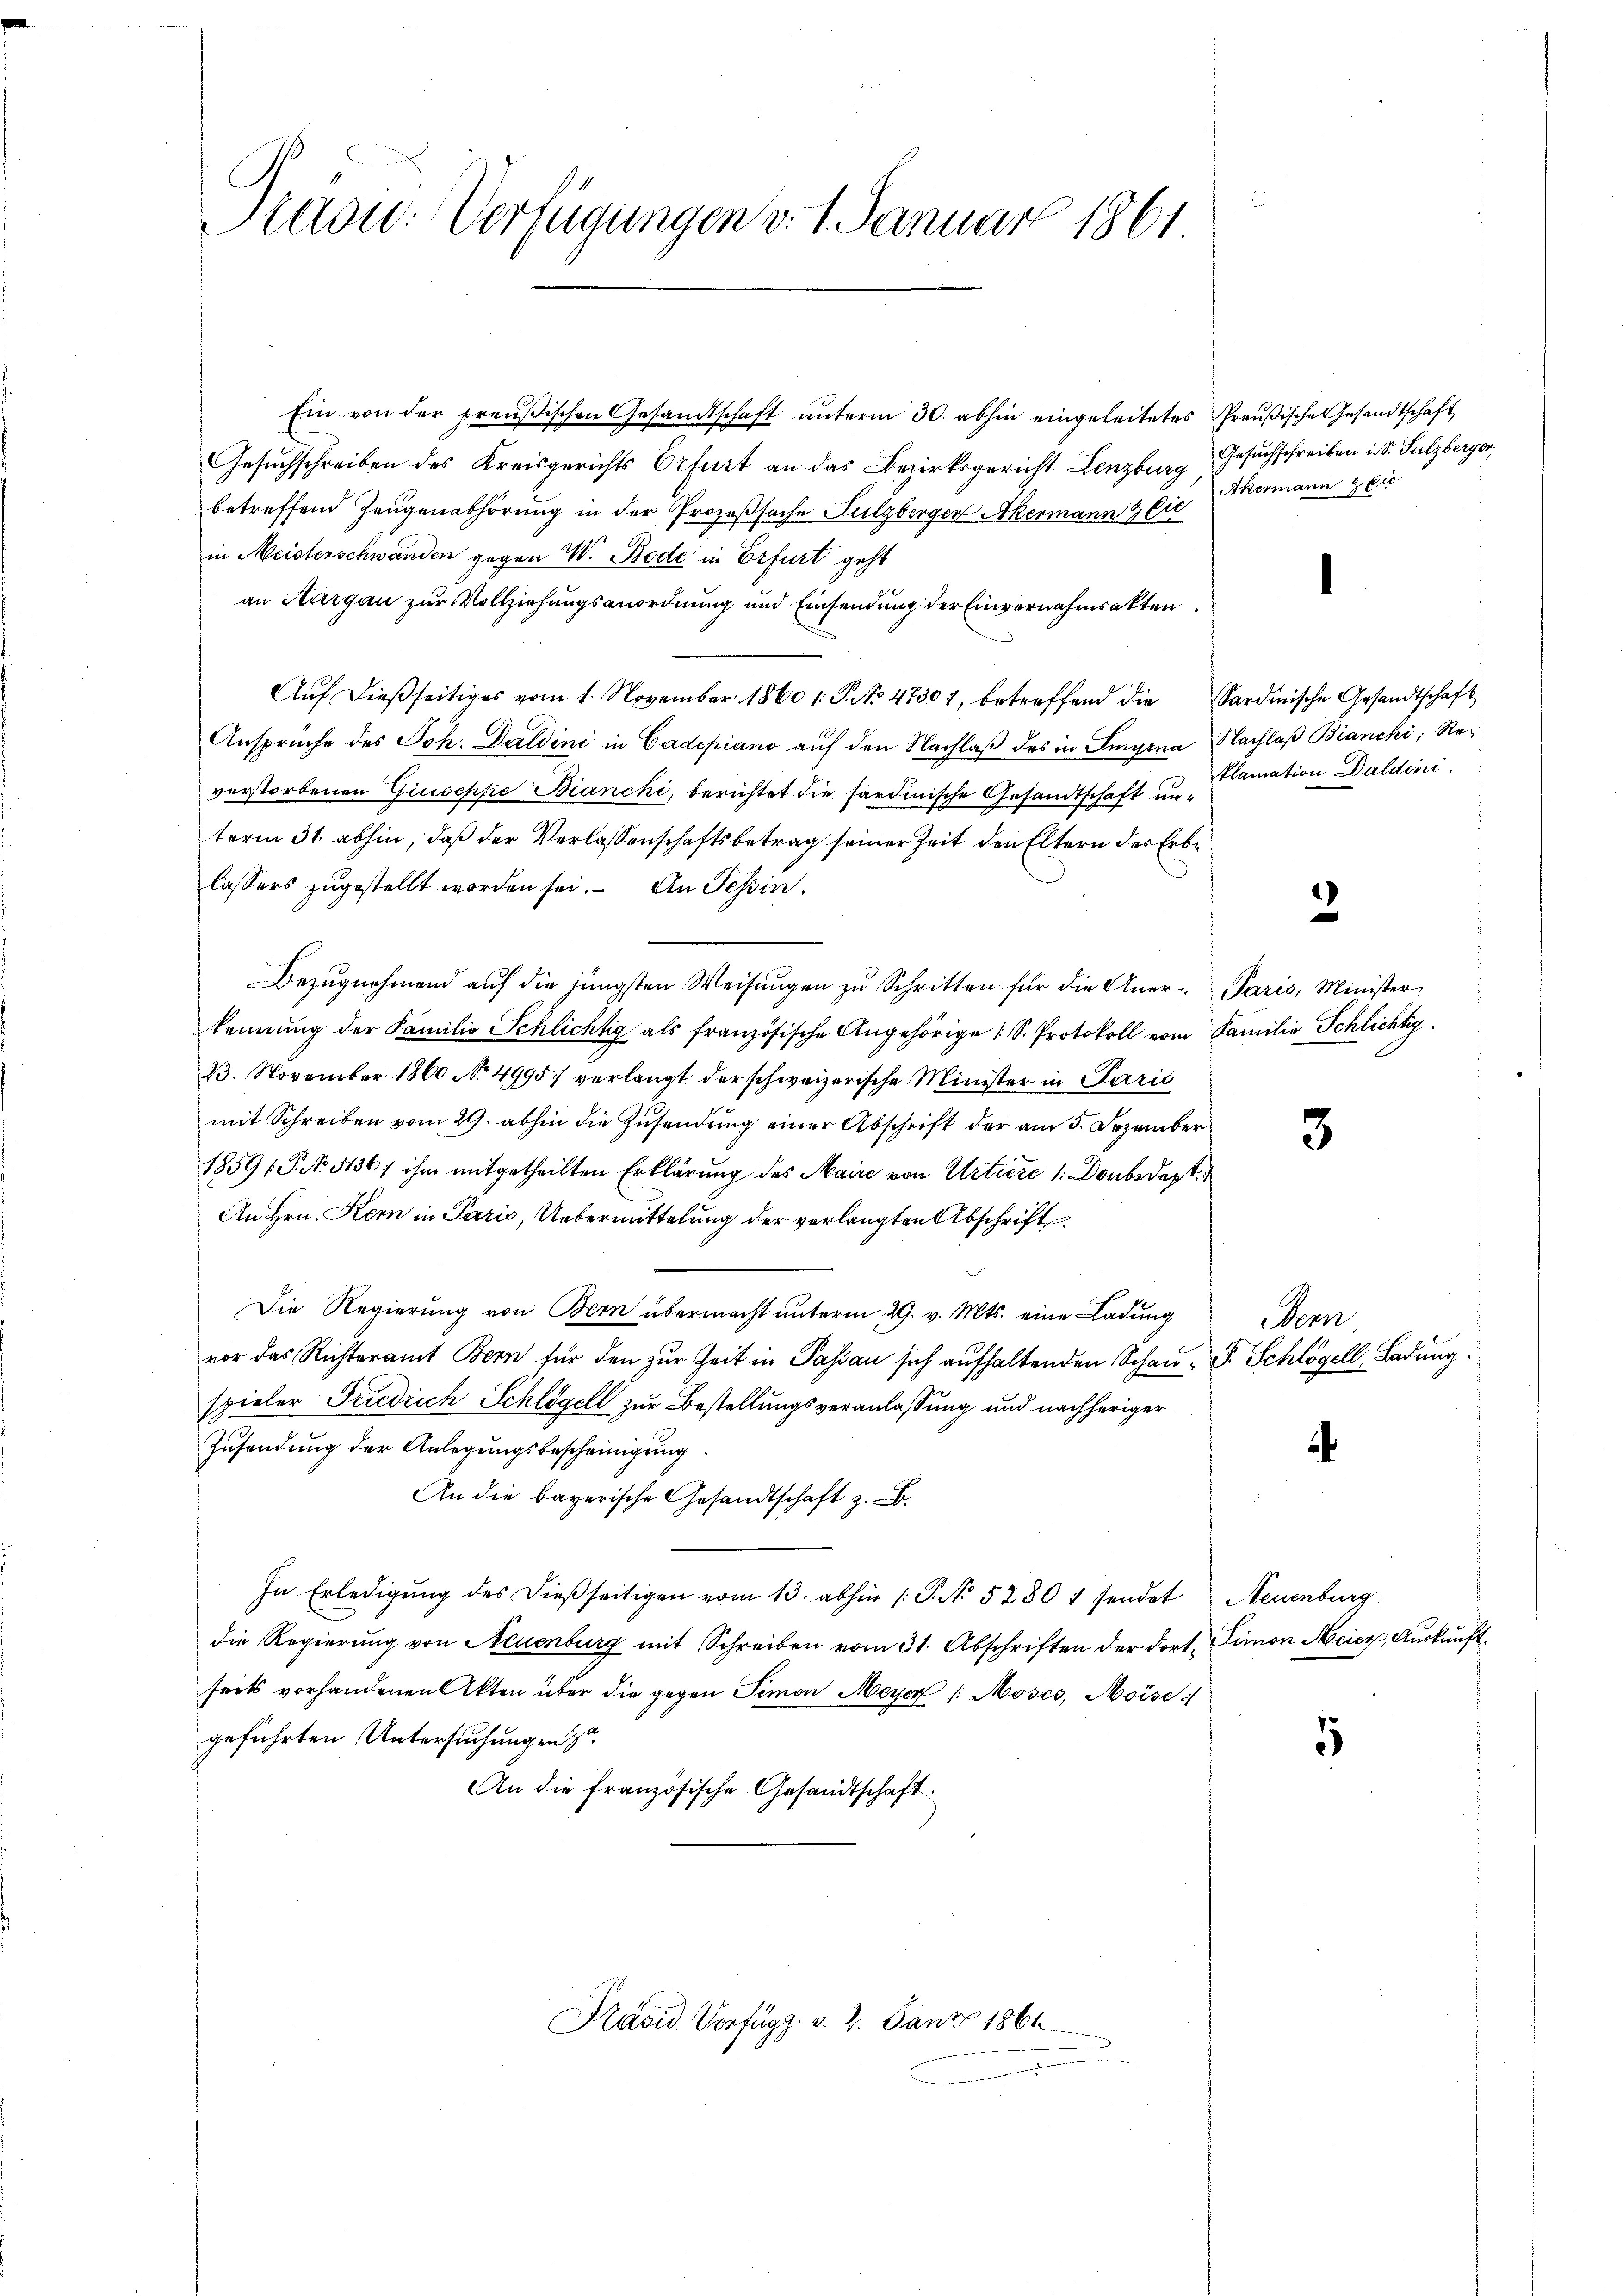
Präsid. Verfügungen v. 1. Januar 1861

Ein von der preußischen Gesandtschaft ŭnterm 30. abhin eingeleitetes Preußische Gesandtschaft
Gesuchschreiben des Kreisgerichts Erfurt an das Bezirksgericht Lenzburg, Gesuchschreiben i. S. Sulzberger,
betreffend Zeugenabhörung in der Prozeßsache Sulzberger Akermann & Cie
in Meisterschwanden gegen W. Bode in Erfurt geht
an AArgau zur Vollziehungsanordnung und Einsendung der Einvernahmrakten
Aŭf dießseitiges vom 1. November 1860 1. P. No 4750, betreffend die Sardinische Gesandtschaft
Ansprüche des Joh. Daldini in Cadepiano auf den Nachlaß des in Singina Nachlaß Bianchi, Reverstorbenen Giuseppe Bianchi, berichtet die sardinische Gesandtschaft unterm 31. abhin, daß der Verlassenschaftsbetrag seiner Zeit den Eltern des Erblassers zugestellt worden sei. An Tessin.
Bezŭgnehmend aŭf die jüngsten Weisŭngen zŭ Schritten für die Aner- Paris, Minister
kennung der Familie Schlichtig als französische Angehörige (S. Protokoll vom Familie Schlichtig.
23. November 1860 No 4995) verlangt der schweizerische Minister in Parić
mit Schreiben vom 29. abhin die Zusendung einer Abschrift der am 5. Dezember
1859 f. No. 5136: ihm mitgetheilten Erklärung des Maire von Artiere 1: Doubsdept
An Hrn. Kern in Paris, Uebermittelung der verlangten Abschrift
Die Regierung von Bern übermacht unterm 29. v. Mts. eine Ladung
vor das Richteramt Bern für den zur Zeit in Passau sich aufhaltenden Schau- P. Schlögell, Ladung
spieler Friedrich Schlögell zur Bestellungsveranlassung und nachheriger
Zusendung der Anlegungsbescheinigung
An die bayerische Gesandtschaft z. B.
In Erledigŭng des dieβ seitigen vom 13. abhin 1. P. No 5280 " sendet Neuenburg,
die Regierŭng von Neuenburg mit Schreiben vom 31. Abschriften der dort. Limon Meier, Auskunftseits vorhandenen Akten über die gegen Simon Meyer /: Moses, Moise:
geführten Untersuchungen
An die französische Gesandtschaft.

Präsid. Verfügg. v. 2. Janz 1861

u

Akermann zer

klamation Daldini.

3

2

Bern

4

5